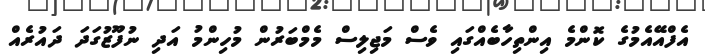
އެފްއޭއެމުގެ ކޮންމެ އިންތިހާބެއްގައި ވެސް މަޖިލިސް މެމްބަރުން މުހިންމު އަދި ނުފޫޒުގަދަ ދައުރެއް